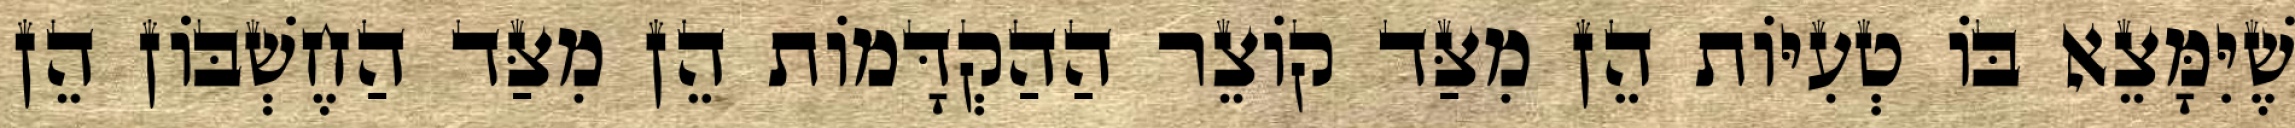
שֶׁיִּמָּצֵא בּוֹ טְעִיּוֹת הֵן מִצַּד קוֹצֵר הַהַקְדָּמוֹת הֵן מִצַּד הַחֶשְׁבּוֹן הֵן